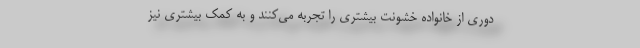
دوری از خانواده خشونت بیشتری را تجربه می‌کنند و به کمک بیشتری نیز